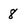
Character: 8